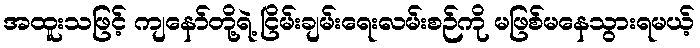
အထူးသဖြင့် ကျနော်တို့ရဲ့ ငြိမ်းချမ်းရေးလမ်းစဉ်ကို မဖြစ်မနေသွားရမယ့်